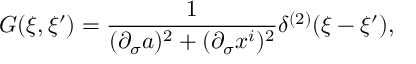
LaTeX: G ( \xi , \xi ^ { \prime } ) = { \frac { 1 } { ( \partial _ { \sigma } a ) ^ { 2 } + ( \partial _ { \sigma } x ^ { i } ) ^ { 2 } } } \delta ^ { ( 2 ) } ( \xi - \xi ^ { \prime } ) ,